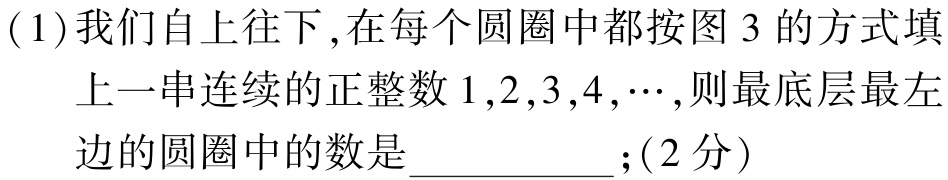
(1)我们自上往下,在每个圆圈中都按图 3 的方式填上一串连续的正整数\(1,2,3,4,\cdots\),则最底层最左边的圆圈中的数是  ；(2分)